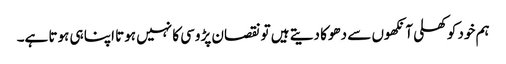
ہم خود کو کھلی آنکھوں سے دھوکا دیتے ہیں تو نقصان پڑوسی کا نہیں ہوتا اپنا ہی ہوتا ہے۔